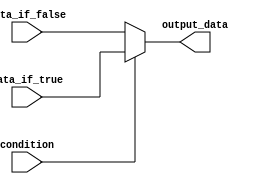
module conditional_assign(
    input wire condition,
    input wire [3:0] data_if_true,
    input wire [3:0] data_if_false,
    output reg [3:0] output_data
);

always @(*) begin
    if (condition)
        output_data = data_if_true;
    else
        output_data = data_if_false;
end

endmodule